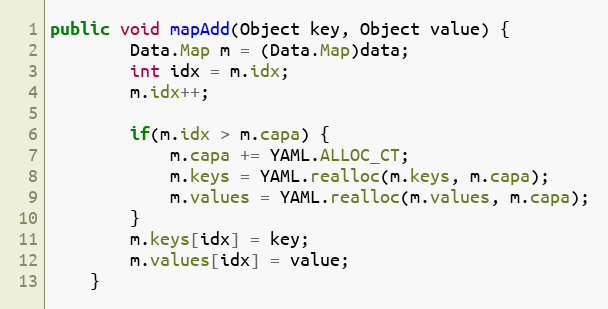
Language: Java
public void mapAdd(Object key, Object value) {
        Data.Map m = (Data.Map)data;
        int idx = m.idx;
        m.idx++;

        if(m.idx > m.capa) {
            m.capa += YAML.ALLOC_CT;
            m.keys = YAML.realloc(m.keys, m.capa);
            m.values = YAML.realloc(m.values, m.capa);
        }
        m.keys[idx] = key;
        m.values[idx] = value;
    }